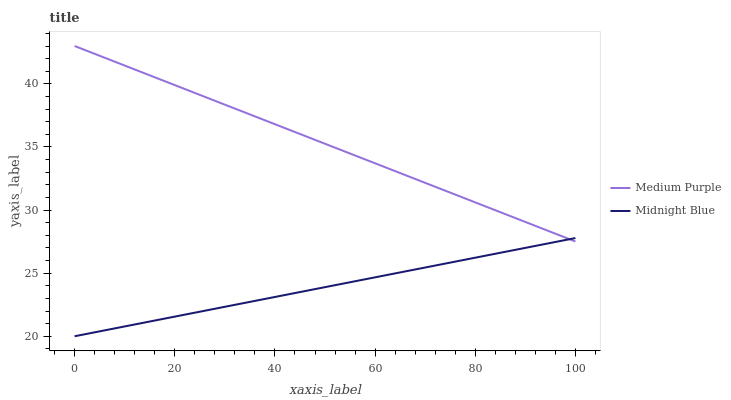
| xaxis_label | Medium Purple | Midnight Blue |
 | --- | --- | --- |
 | 0 | 43 | 20 |
 | 25 | 39.1 | 21.9 |
 | 50 | 35.3 | 23.9 |
 | 75 | 31.4 | 25.8 |
 | 100 | 27.5 | 27.8 |